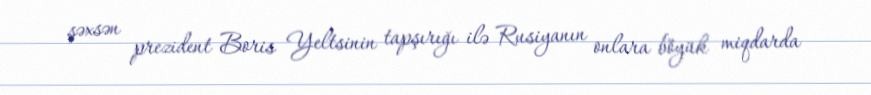
şəxsən prezident Boris Yeltsinin tapşırığı ilə Rusiyanın onlara böyük miqdarda